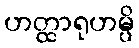
ဟတ္ထာရုဟမ္ပိ